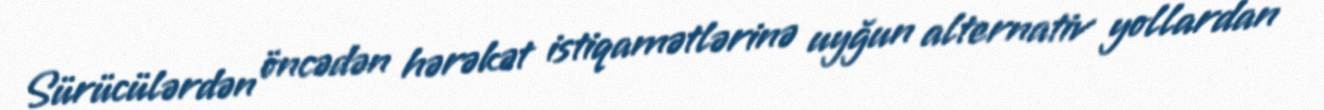
Sürücülərdən öncədən hərəkət istiqamətlərinə uyğun alternativ yollardan